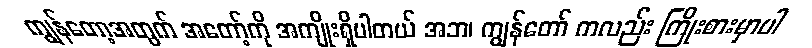
ကျွန်တော့အတွက် အတော့်ကို အကျိုးရှိပါတယ် အဘ၊ ကျွန်တော် ကလည်း ကြိုးစားမှာပါ